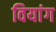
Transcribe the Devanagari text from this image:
वियांग